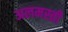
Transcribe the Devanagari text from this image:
अलमस्ती